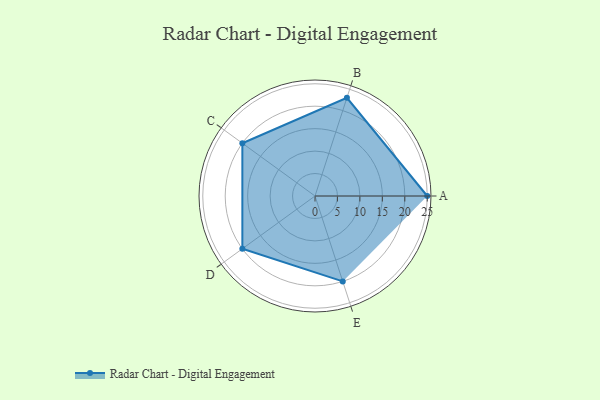
{"axis": {"x": "Skill", "y": "Score"}, "legend": ["Profile"], "data": [{"x": "A", "y": 25.0, "type": "Profile"}, {"x": "B", "y": 23.0, "type": "Profile"}, {"x": "C", "y": 20, "type": "Profile"}, {"x": "D", "y": 20, "type": "Profile"}, {"x": "E", "y": 20, "type": "Profile"}]}